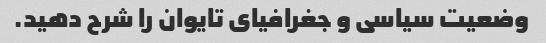
وضعیت سیاسی و جغرافیای تایوان را شرح دهید.